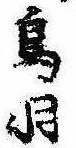
鳥羽